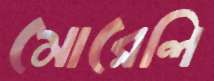
মোরেলি